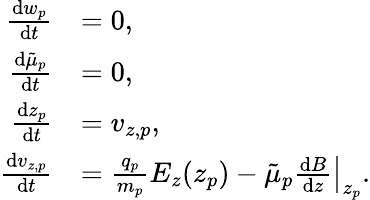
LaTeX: \begin{array}{rl}{\frac{\mathrm{d}w_{p}}{\mathrm{d}t}}&{=0,}\\ {\frac{\mathrm{d}\tilde{\mu}_{p}}{\mathrm{d}t}}&{=0,}\\ {\frac{\mathrm{d}z_{p}}{\mathrm{d}t}}&{=v_{z,p},}\\ {\frac{\mathrm{d}v_{z,p}}{\mathrm{d}t}}&{=\frac{q_{p}}{m_{p}}E_{z}(z_{p})-\tilde{\mu}_{p}\left.\frac{\mathrm{d}B}{\mathrm{d}z}\right|_{z_{p}}.}\end{array}